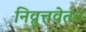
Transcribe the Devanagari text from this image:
निव्रुत्तवेतन